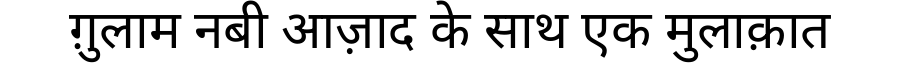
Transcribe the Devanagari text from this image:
ग़ुलाम नबी आज़ाद के साथ एक मुलाक़ात